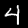
Label: 4